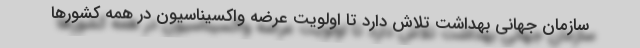
سازمان جهانی بهداشت تلاش دارد تا اولویت عرضه واکسیناسیون در همه کشورها